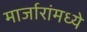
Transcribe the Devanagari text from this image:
मार्जारांमध्ये